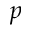
p